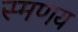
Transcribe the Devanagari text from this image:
स्मणय